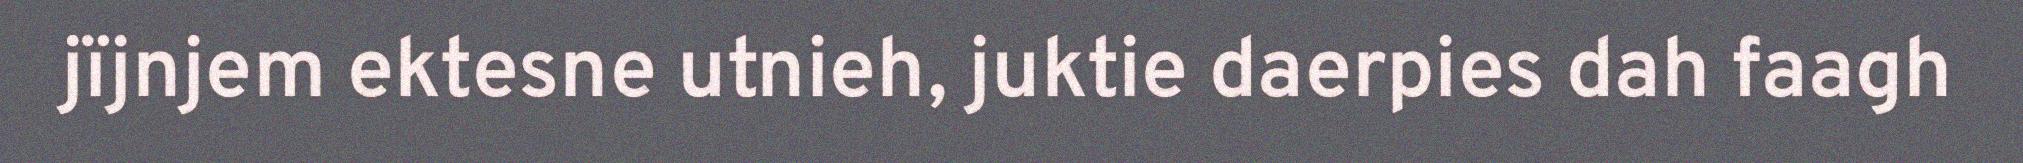
jïjnjem ektesne utnieh, juktie daerpies dah faagh